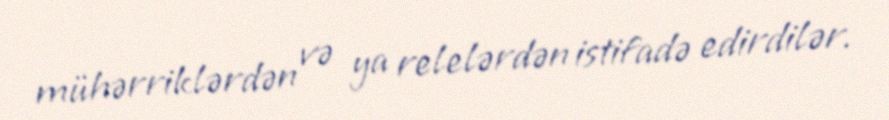
mühərriklərdən və ya relelərdən istifadə edirdilər.